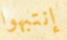
إنتبهوا